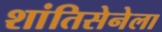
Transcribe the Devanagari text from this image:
शांतिसेनेला